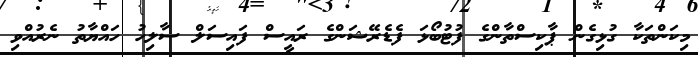
މިކަންތަކާ ގުޅިގެން ޕާކިސްތާންގެ ފުޓުބޯޅަ ފެޑެރޭޝަންގެ ރައީސް ފައިސަލް ސާލިހު ހައްޔާތު ނެރުއްވި